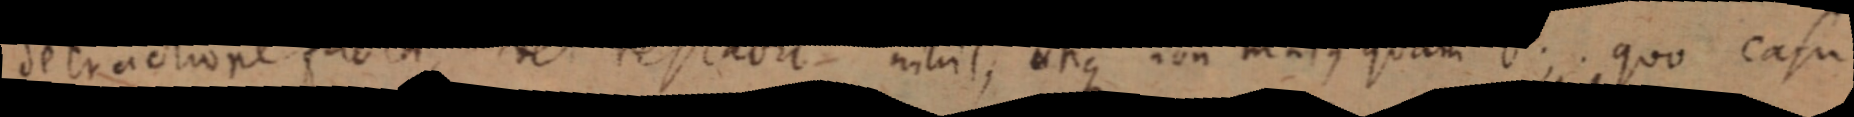
detractione fucta vel restabit nihil, utique non majus quam b; quo casu